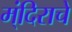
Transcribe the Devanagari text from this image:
म्ंदिराचे